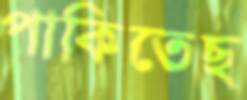
পাকিতেছ